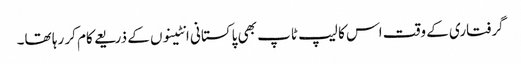
گرفتاری کے وقت اس کا لیپ ٹاپ بھی پاکستانی انٹینوں کے ذریعے کام کر رہا تھا۔